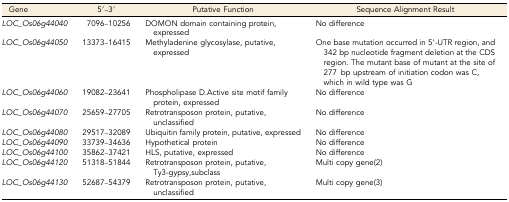
| Gene | 5′–3′ | Putative Function | Sequence Alignment Result |
 | --- | --- | --- | --- |
 | LOC_Os06g44040 | 7096–10256 | DOMON domain containing protein, expressed | No difference |
 | LOC_Os06g44050 | 13373–16415 | Methyladenine glycosylase, putative, expressed | One base mutation occurred in 5′-UTR region, and 342 bp nucleotide fragment deletion at the CDS region. The mutant base of mutant at the site of 277 bp upstream of initiation codon was C, which in wild type was G |
 | LOC_Os06g44060 | 19082–23641 | Phospholipase D.Active site motif family protein, expressed | No difference |
 | LOC_Os06g44070 | 25659–27705 | Retrotransposon protein, putative, unclassified | No difference |
 | LOC_Os06g44080 | 29517–32089 | Ubiquitin family protein, putative, expressed | No difference |
 | LOC_Os06g44090 | 33739–34636 | Hypothetical protein | No difference |
 | LOC_Os06g44100 | 35862–37421 | HLS, putative, expressed | No difference |
 | LOC_Os06g44120 | 51318–51844 | Retrotransposon protein, putative,Ty3-gypsy,subclass | Multi copy gene(2) |
 | LOC_Os06g44130 | 52687–54379 | Retrotransposon protein, putative, unclassified | Multi copy gene(3) |